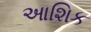
આશિક